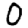
Digit: 0